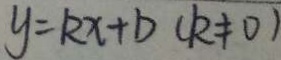
y = k x + b ( k \neq 0 )